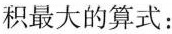
积最大的算式：